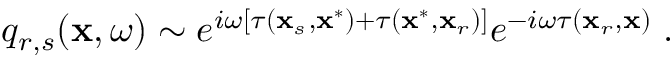
q _ { r , s } ( \mathbf { x } , \omega ) \sim e ^ { i \omega \left[ \tau ( \mathbf { x } _ { s } , \mathbf { x } ^ { * } ) + \tau ( \mathbf { x } ^ { * } , \mathbf { x } _ { r } ) \right] } e ^ { - i \omega \tau ( \mathbf { x } _ { r } , \mathbf { x } ) } \; .